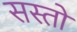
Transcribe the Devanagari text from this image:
सस्तो